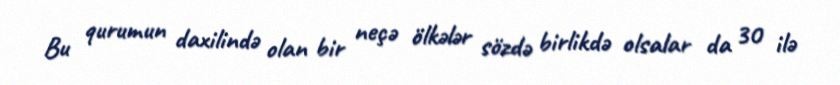
Bu qurumun daxilində olan bir neçə ölkələr sözdə birlikdə olsalar da 30 ilə